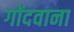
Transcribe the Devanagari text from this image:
गोंदवाना